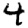
Digit: 4